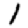
Digit: 1